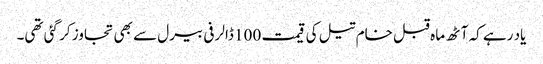
یاد رہے کہ آٹھ ماہ قبل خام تیل کی قیمت 100 ڈالر فی بیرل سے بھی تجاوز کر گئی تھی۔